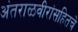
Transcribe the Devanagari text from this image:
अंतराळवीरांसहितचे